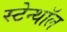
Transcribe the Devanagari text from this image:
स्टेन्थॉल